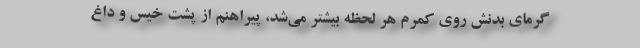
گرمای بدنش روی کمرم هر لحظه بیشتر می‌شد، پیراهنم از پشت خیس و داغ